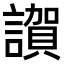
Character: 𧬂